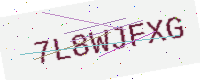
Text: 7L8WJFXG